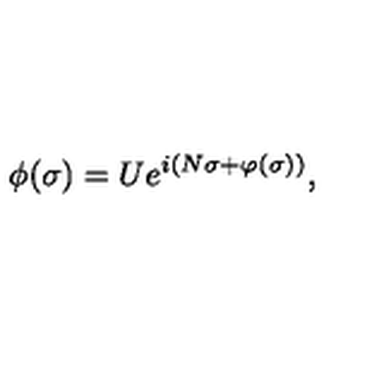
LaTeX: \phi ( \sigma ) = U e ^ { i ( N \sigma + \varphi ( \sigma ) ) } ,